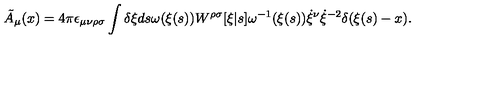
\tilde { A } _ { \mu } ( x ) = 4 \pi \epsilon _ { \mu \nu \rho \sigma } \int \delta \xi d s \omega ( \xi ( s ) ) W ^ { \rho \sigma } [ \xi | s ] \omega ^ { - 1 } ( \xi ( s ) ) \dot { \xi } ^ { \nu } \dot { \xi } ^ { - 2 } \delta ( \xi ( s ) - x ) .